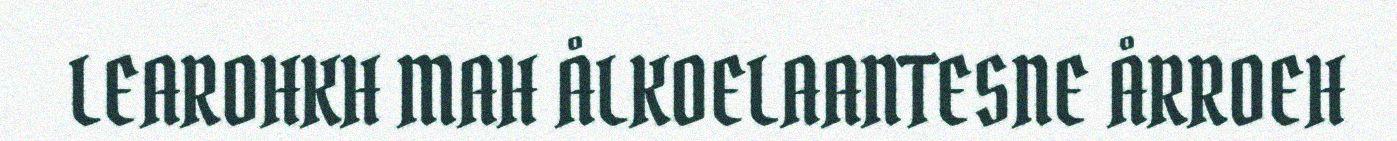
LEAROHKH MAH ÅLKOELAANTESNE ÅRROEH